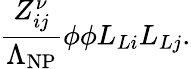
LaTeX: {\frac{Z_{ij}^{\nu}}{\Lambda_{\mathrm{NP}}}}\phi\phi L_{Li}L_{Lj}.